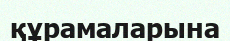
құрамаларына